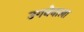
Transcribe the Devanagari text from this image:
उगनेवाला